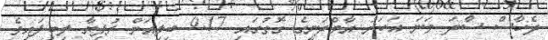
ދެހާސް ސާދަ ވަނަ އަހަރު އާމްދަނީގެ ގޮތުގައި 9.17 ބިލިއަން ރުފިޔާ ލިބިފައިވެ